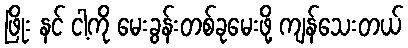
ဖြိုး နင် ငါ့ကို မေးခွန်းတစ်ခုမေးဖို့ ကျန်သေးတယ်